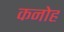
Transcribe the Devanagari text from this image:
कनोह